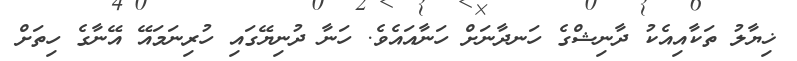
ޚިޔާލު ތަކާއިއެކު ދާނިޝްގެ ހަނދާނަށް ހަނާއައެވެ. ހަނާ ދުނިޔޭގައި ހުރިނަމައޭ އޭނާގެ ހިތަށް